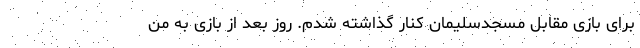
برای بازی مقابل مسجدسلیمان کنار گذاشته شدم. روز بعد از بازی به من